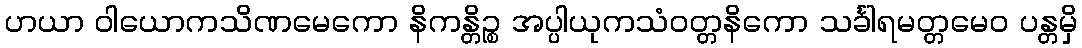
ဟယာ ဝါယောကသိဏမေကော နိကန္တိဉ္စ အပ္ပါယုကသံဝတ္တနိကော သင်္ခါရမတ္တမေဝ ပန္တမှိ